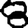
Digit: 8